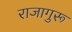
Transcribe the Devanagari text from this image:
राजागुरू